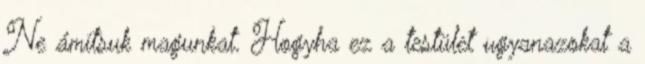
Ne ámítsuk magunkat. Hogyha ez a testület ugyanazokat a